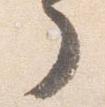
了